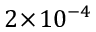
2 \! \times \! 1 0 ^ { - 4 }